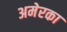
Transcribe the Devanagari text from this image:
अमेरका